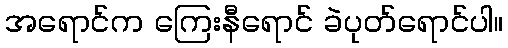
အရောင်က ကြေးနီရောင် ခဲပုတ်ရောင်ပါ။